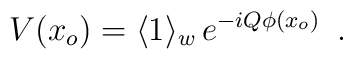
V(x_o)= \langle1\rangle_w\, e^{-i Q\phi(x_o)}\,\,\,.